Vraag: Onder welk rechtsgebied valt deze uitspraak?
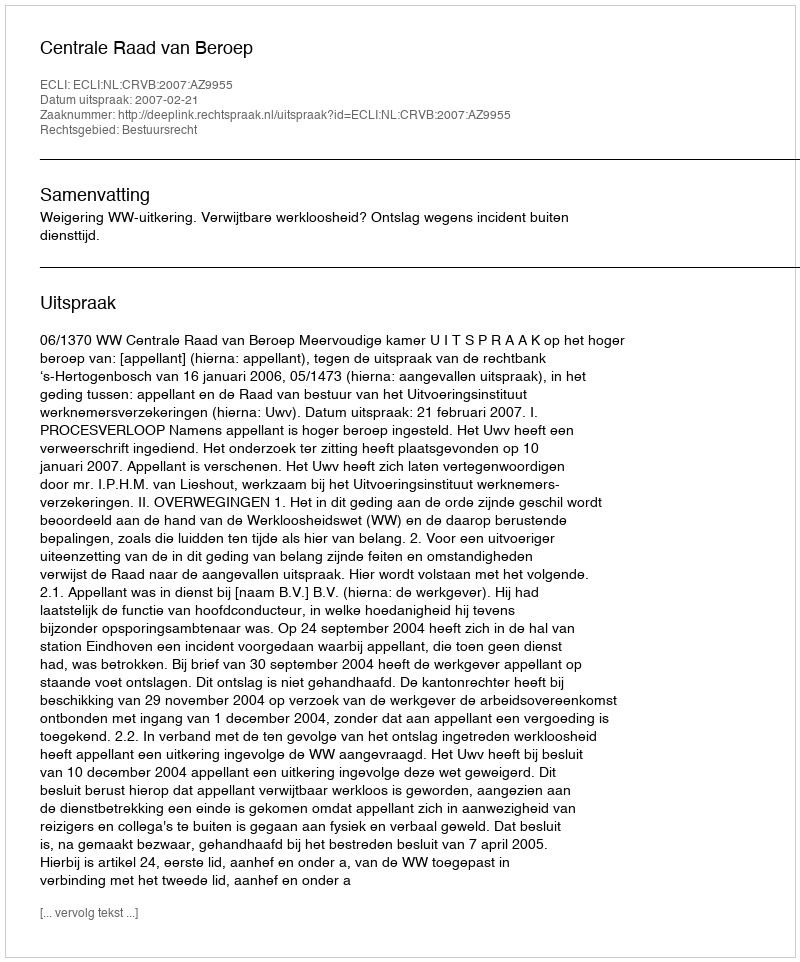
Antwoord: Bestuursrecht